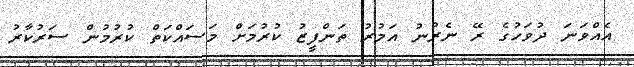
އެއްވަނަ ދުވަހުގެ ރޭ ނެރުނު އަމުރު ތަންފީޒު ކުރުމަށް މަސައްކަތް ކުރުމުން ސަރުކާރު